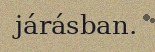
járásban.